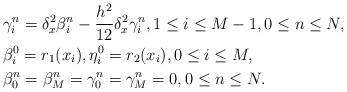
\begin{align*} &\gamma_i^n=\delta_x^2 \beta_i^n-\frac{h^2}{12}\delta_x^2 \gamma_i^n,1\leq i \leq M-1,0\leq n\leq N,\\ &\beta_i^0=r_1(x_i),\eta_i^0=r_2(x_i), 0\leq i \leq M,\\ &\beta_0^n=\beta_M^n=\gamma_0^n=\gamma_M^n=0,0\leq n\leq N. \end{align*}